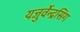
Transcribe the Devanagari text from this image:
यजुर्वेन्द्रसिंग